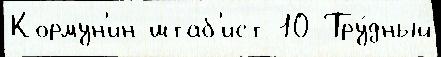
Кормун'ин штаб'ист 10 Тру́дный